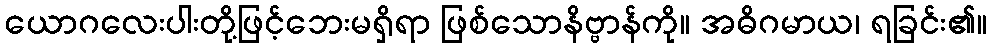
ယောဂလေးပါးတို့ဖြင့်ဘေးမရှိရာ ဖြစ်သောနိဗ္ဗာန်ကို။ အဓိဂမာယ၊ ရခြင်း၏။